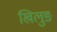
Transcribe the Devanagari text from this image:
खिलुङ